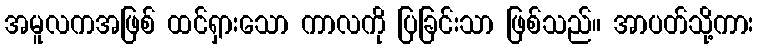
အမူလကအဖြစ် ထင်ရှားသော ကာလကို ပြခြင်းသာ ဖြစ်သည်။ အာပတ်သို့ကား